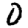
Digit: 0